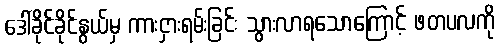
ဒေါ်ခိုင်ခိုင်နွယ်မှ ကားငှားရမ်းခြင်း သွားလာရသောကြောင့် ဖတပလကို